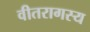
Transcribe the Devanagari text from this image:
वीतरागस्य